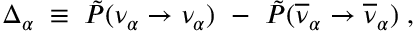
\Delta _ { \alpha } \; \equiv \; \tilde { P } ( \nu _ { \alpha } \rightarrow \nu _ { \alpha } ) ~ - ~ \tilde { P } ( \overline { { { \nu } } } _ { \alpha } \rightarrow \overline { { { \nu } } } _ { \alpha } ) \; ,